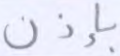
بإذن